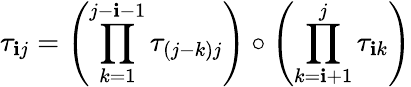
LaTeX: \tau_{\mathbf{i}j}=\left(\prod_{k=1}^{j-\mathbf{i}-1}\tau_{(j-k)j}\right)\circ\left(\prod_{k=\mathbf{i}+1}^{j}\tau_{\mathbf{i}k}\right)